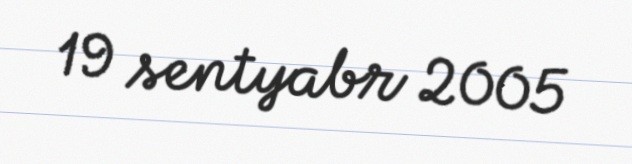
19 sentyabr 2005